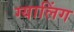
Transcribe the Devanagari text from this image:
ग्यालिंग